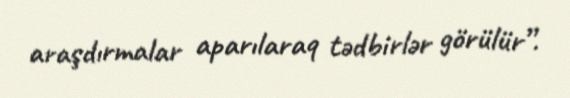
araşdırmalar aparılaraq tədbirlər görülür”.